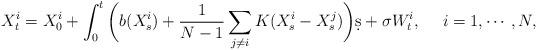
LaTeX: \begin{align*}X_t^i = X_0^i + \int_0^t\bigg(b(X_s^i) + \frac1{N-1}\sum_{j\neq i} K(X_s^i - X_s^j)\bigg)\d s + \sigma W_t^i,~~~~i=1,\cdots,N,\end{align*}